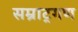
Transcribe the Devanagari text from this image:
सम्राट्गण